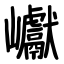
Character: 巘